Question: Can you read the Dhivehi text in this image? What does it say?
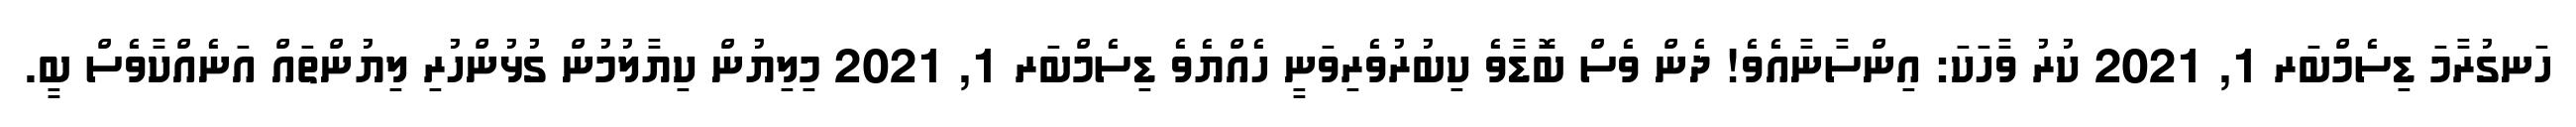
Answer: ހަނގުރާމަ ޑިސެމްބަރ 1, 2021 ކުރު ވާހަކަ: އިންސާނާއެވެ! ދެން ވެސް ބޮޑާވެ ކިބުރުވެރިވަނީ ހެއްޔެވެ ޑިސެމްބަރ 1, 2021 މިލިޔުން ކިޔާލުމުން ގުޅުންހުރި ލިޔުންތައް އަނެއްކާވެސް ބީ.